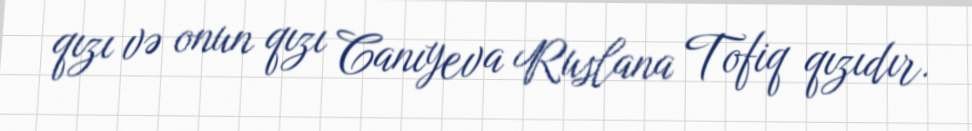
qızı və onun qızı Canıyeva Ruslana Tofiq qızıdır.